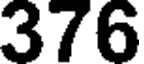
376